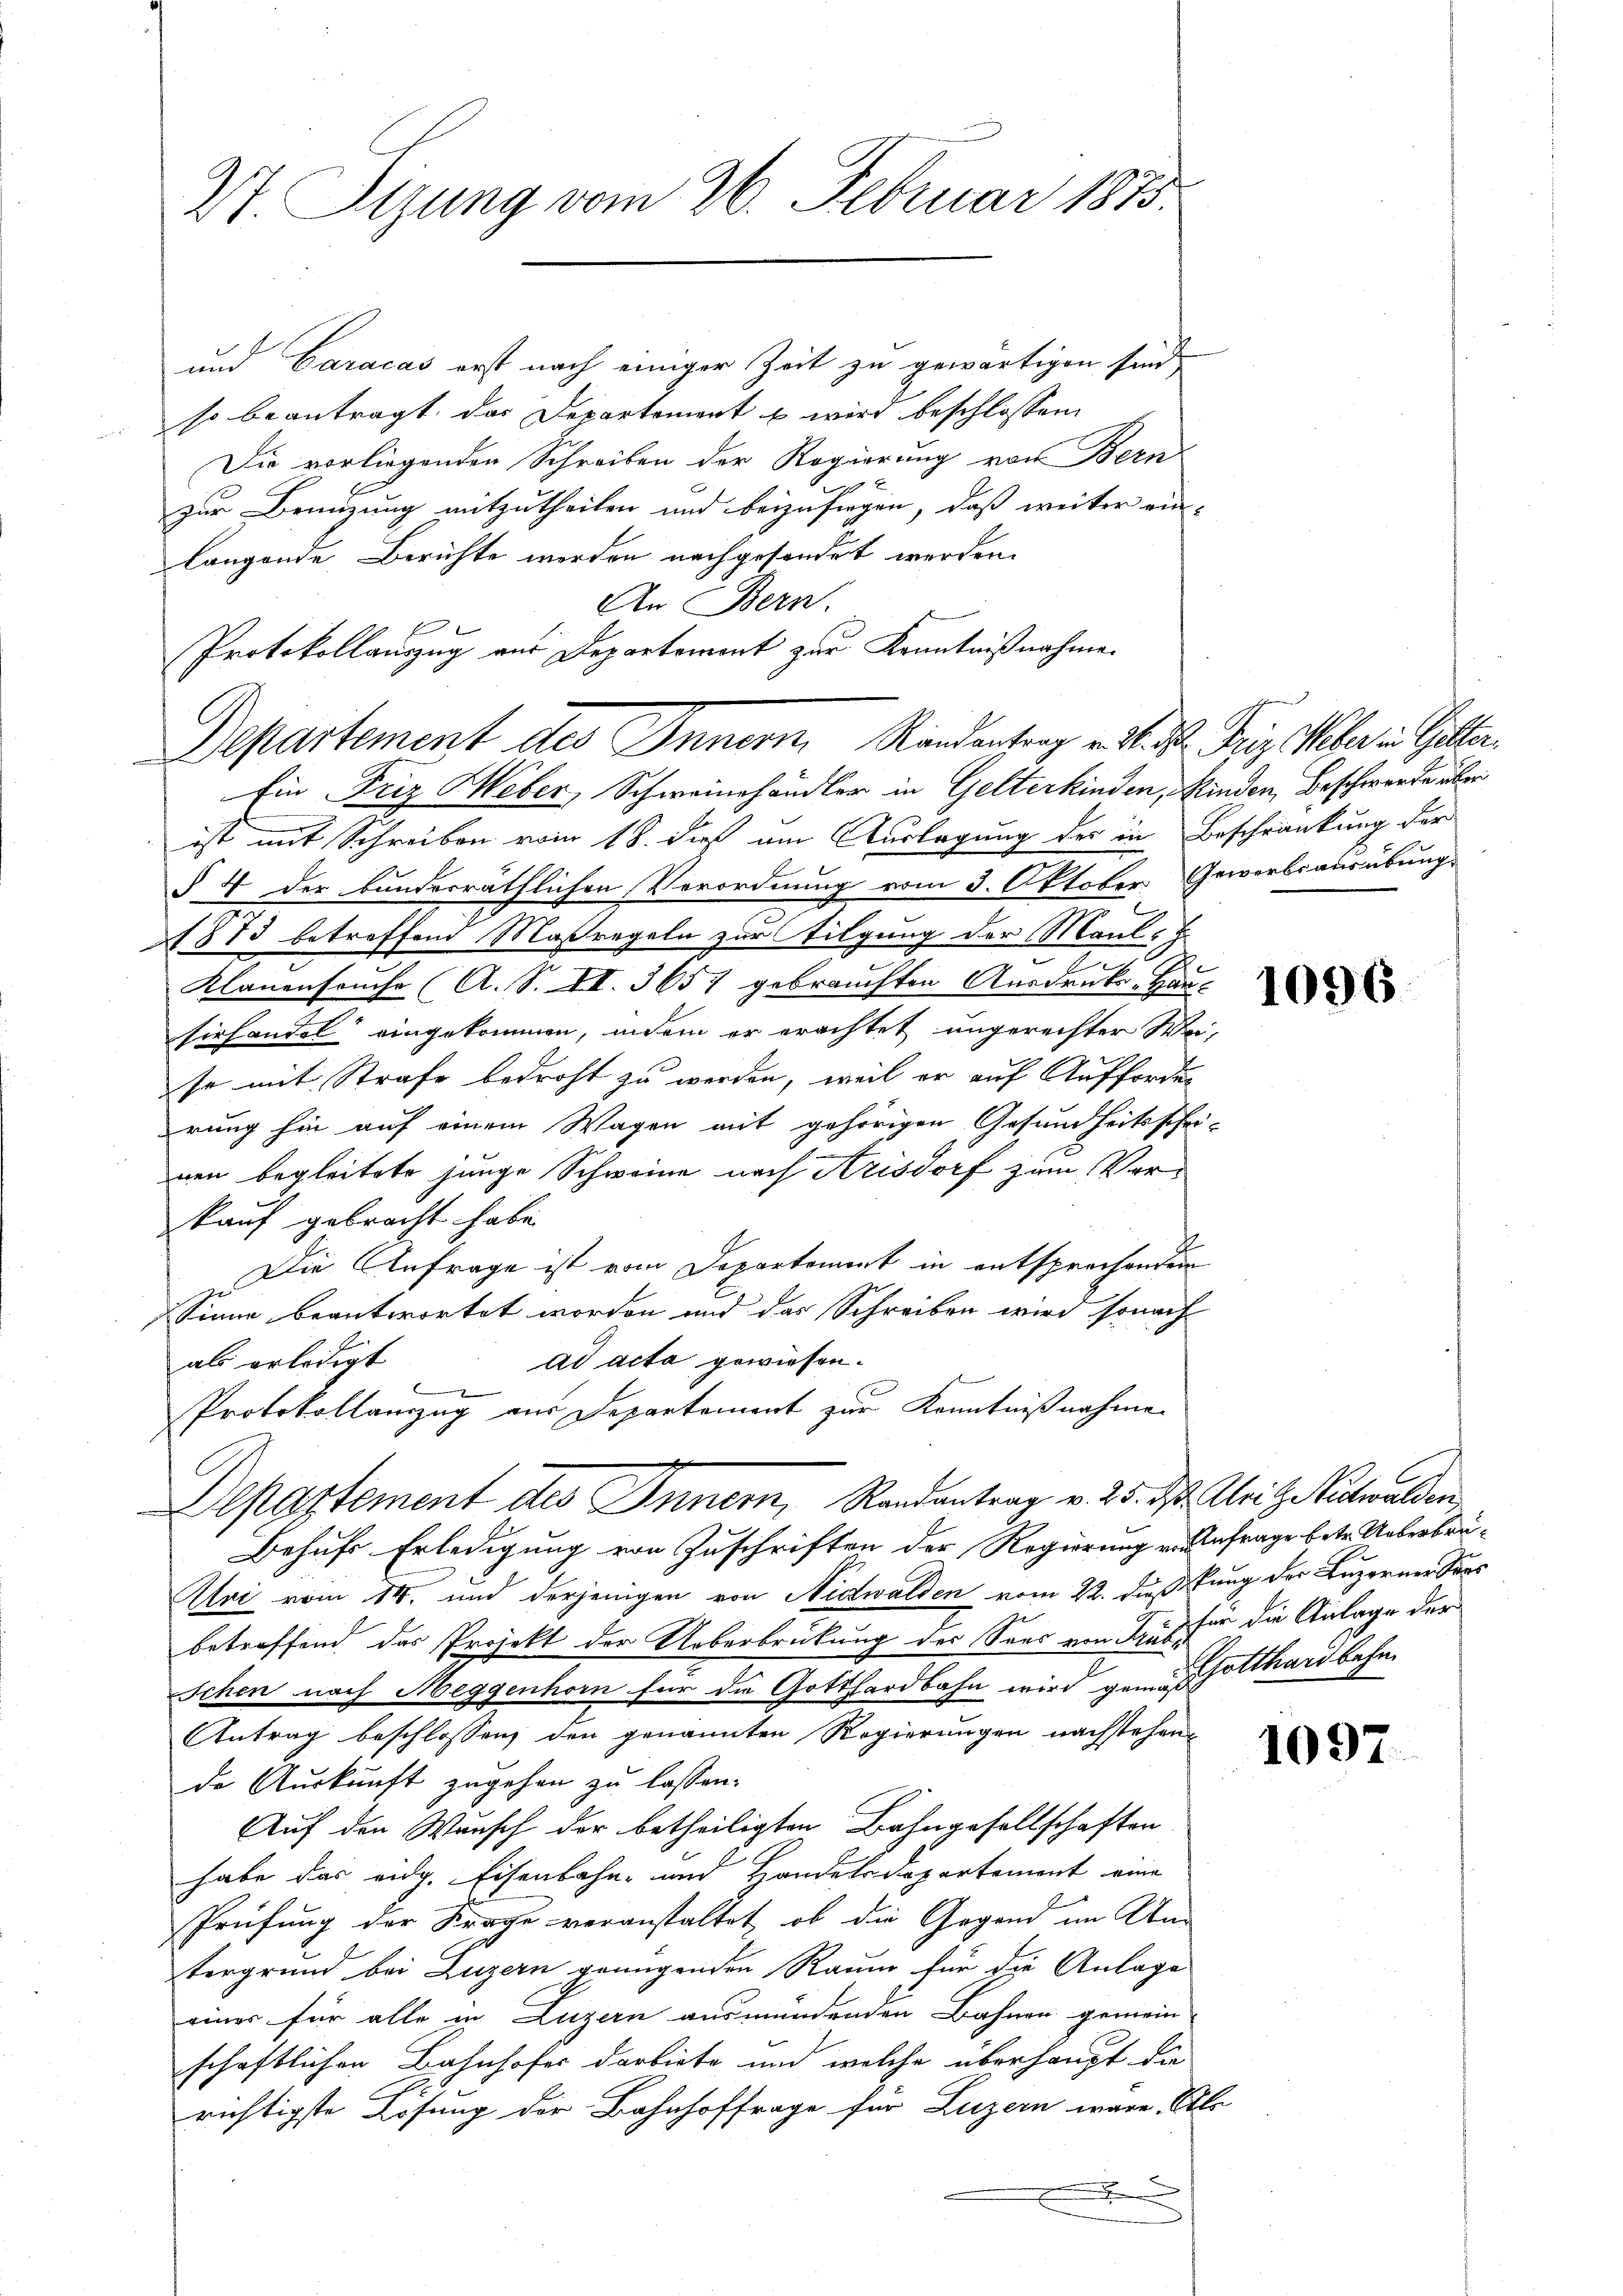
Vt. Sizung vom 26. Februar 1875.

und Caracas erst nach einiger Zeit zu gewärtigen sind,
so beantragt, das Departement s wird beschlossen
Die vorliegenden Schreiben der Regierung von Bern
 x
r
zur Bemühung mitzutheilen und beizusiegen, daß weiter ein-
langende Berichte werden nachgesondet werden.
An Bern.
Protokollauszug aus Departement zur Kenntnißnahme.
Ein Friz Heber, Schweinhändler in Gelterkinden, Kinden, Beschwerde über
ist mit Schreiben vom 18. daß am Auslagung des in Beschränkung der
§ 4 der bunderräthlichen Verordnung vom 3. Oktober Gewerbsausübung
1813 betreffend Maßregeln zur Tilgung der Maul-
Klauenseuche (A. S. II. 3657 gebrauchten Ausdrucks-Hausirhandel eingekommen, indem er erachtet ungerechter Wei-
se mit Strafe bedroht zu werden, weil er auf Auffordes
rung hin auf einem Wagen mit gehörigen Gesundheitsschei-
nen begleitete junge Schweine nach Arisdorf zum Verkauf gebracht habe.
Die Anfrage ist vom Departement in entsprechenden
Sinne beantwortet worden und das Schreiben wird sonach
ad acta gewiesen.
als erledigt

Protokollanzug aus Departement zur Kenntnißnahme
Departement des Inner, Randantrag v. 25. ds. Uri zu Velwalden,
Behufs Erledigung von Zuschriften der Regierung von Anfrage betr. Ueberbrä¬
Alri vom 14. und derjenigen von Nidwalden vom 22. Dießung der Luzerner Saus
betreffend das Projekt der Ueberbrückung der Sees von Haus für die Anlage der
schen nach Meggenhorn für die Gotthardbahn wird gern hotthardbahn¬
Antrag beschlossen, den genannten Regierungen nachstehende Auskunft zugehen zu lassen.
Auf den Wunsch der betheiligten Bahngesellschaften
habe das eidg. Eisenbahn- und Handelsdepartement eine
Prüfung der Frage veranstaltet, ob die Gegend im Un-
tergrund bei Luzern genügenden Raum für die Anlage
eines für alle in Luzern ausmündenden Bahnen gemein-
schaftlichen Bahnhofers darbiete und welche überhaupt der
richtigste Losung der Bahnhoffrage für Luzern wäre. Als
n

Departement des Innern Randentrag v. M. D. Friz Weber in Gitter

1096

1097